Vaccination in Bombay 1874-1876 - 1874-1876
Year: 1874
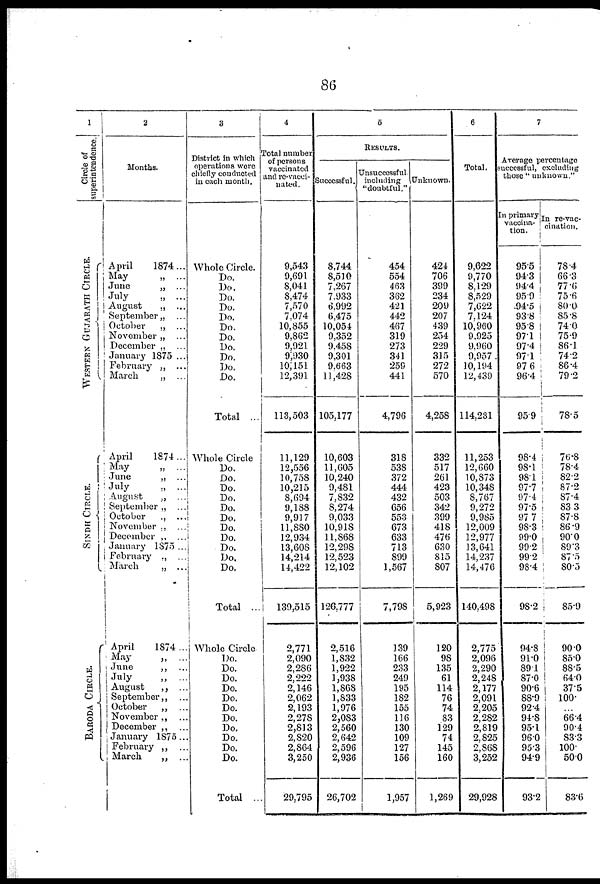
86
1
Circle of
superintendence.
WESTERN GUJARATH CIRCLE.
SINDH CIRCLE.
BARODA CIRCLE.
2
Months.
April
1874...
May
„ ...
June
„ ...
July
„ ...
August
„ ...
September „ ...
October
„ ...
November „ ...
December „ ...
January 1875 ...
February „ ...
March
„ ...
April
1874...
May
„ ...
June
„ ...
July
„ ...
August
„ ...
September „ ...
October
„ ...
November „ ...
December „ ...
January 1875 ...
February „ ...
March
„ ...
April
1874 ...
May
„ ...
June
„ ...
July
„ ...
August
„ ...
September „ ...
October
„ ...
November„ ...
December „ ...
January 1875...
February „ ...
March
„ ...
3
District in which
operations were
chiefly conducted
in each month.
Whole Circle.
Do.
Do.
Do.
Do.
Do.
Do.
Do.
Do.
Do.
Do.
Do.
Total ...
Whole Circle
Do.
Do.
Do.
Do.
Do.
Do.
Do.
Do.
Do.
Do.
Do.
Total ...
Whole Circle
Do.
Do.
Do.
Do.
Do.
Do.
Do.
Do.
Do.
Do.
Do.
Total ...
4
Total number
of persons
vaccinated
and re-vacci¬
nated.
9,543
9,691
8,041
8,474
7,570
7,074
10,855
9,862
9,921
9,930
10,151
12,391
113,503
11,129
12,556
10,758
10,215
8,694
9,188
9,917
11,880
12,934
13,608
14,214
14,422
139,515
2,771
2,090
2,286
2,222
2,146
2,062
2,193
2,278
2,813
2,820
2,864
3,250
29,795
5
RESULTS.
Successful.
8,744
8,510
7,267
7,933
6,992
6,475
10,054
9,352
9,458
9,301
9,663
11,428
105,177
10,603
11,605
10,240
9,481
7,832
8,274
9,033
10,918
11,868
12,298
12,523
12,102
126,777
2,516
1,832
1,922
1,938
1,868
1,833
1,976
2,083
2,560
2,642
2,596
2,936
26,702
Unsuccessful
including
"doubtful."
454
554
463
362
421
442
467
319
273
341
259
441
4,796
318
538
372
444
432
656
553
673
633
713
899
1,567
7,798
139
166
233
249
195
182
155
116
130
109
127
156
1,957
Unknown.
424
706
399
234
209
207
439
254
229
315
272
570
4,258
332
517
261
423
503
342
399
418
476
630
815
807
5,923
120
98
135
61
114
76
74
83
129
74
145
160
1,269
6
Total.
9,622
9,770
8,129
8,529
7,622
7,124
10,960
9,925
9,960
9,957
10,194
12,439
114,231
11,253
12,660
10,873
10,348
8,767
9,272
9,985
12,009
12,977
13,641
14,237
14,476
140,498
2,775
2,096
2,290
2,248
2,177
2,091
2,205
2,282
2,819
2,825
2,868
3,252
29,928
7
Average percentage
successful, excluding
those" unknown."
In primary
vaccina-
tion.
95.5
94.3
94.4
95.9
94.5
93.8
95.8
97.1
97.4
97.1
97.6
96.4
95.9
98.4
98.1
98.1
97.7
97.4
97.5
97.7
98.3
99.0
99.2
99.2
98.4
98.2
94.8
91.0
89.1
87.0
90.6
88.9
92.4
94.8
95.1
96.0
95.3
94.9
93.2
In re-vac¬
cination.
78.4
66.3
77.6
75.6
80.0
85.8
74.0
75.9
86.1
74.2
86.4
79.2
78.5
76.8
78.4
82.2
87.2
87.4
83.3
87.8
86.9
90.0
89.3
87.5
80.5
85.9
90.0
85.0
88.5
64.0
37.5
100.
...
66.4
90.4
83.3
100.
50.0
83.6